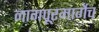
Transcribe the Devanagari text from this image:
नागपूरमार्गेच